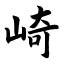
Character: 崎